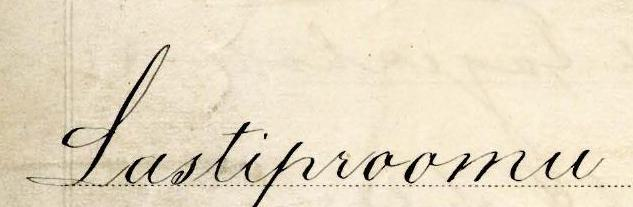
Lastiproomu